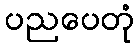
ပညပေတုံ